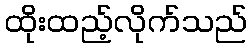
ထိုးထည့်လိုက်သည်